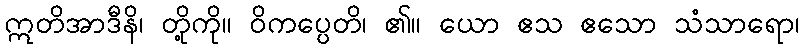
ဣတိအာဒီနိ၊ တို့ကို။ ဝိကပ္ပေတိ၊ ၏။ ယော ဧသ ဧသော သံသာရော၊